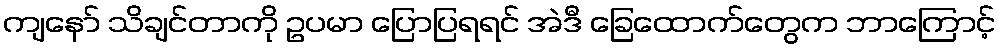
ကျနော် သိချင်တာကို ဥပမာ ပြောပြရရင် အဲဒီ ခြေထောက်တွေက ဘာကြောင့်